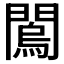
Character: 𨶇